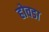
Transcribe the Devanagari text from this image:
होवडा